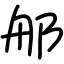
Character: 郍